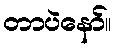
တာပဲနော်။